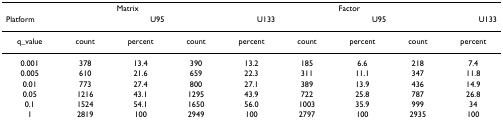
<table><thead><tr><td></td><td></td><td colspan="2"><b>Matrix</b></td><td></td><td></td><td colspan="2"><b>Factor</b></td><td></td></tr><tr><td><b>Platform</b></td><td colspan="2"><b>U95</b></td><td colspan="2"><b>U133</b></td><td colspan="2"><b>U95</b></td><td colspan="2"><b>U133</b></td></tr></thead><tbody><tr><td>q_value</td><td>count</td><td>percent</td><td>count</td><td>percent</td><td>count</td><td>percent</td><td>count</td><td>percent</td></tr><tr><td>0.001</td><td>378</td><td>13.4</td><td>390</td><td>13.2</td><td>185</td><td>6.6</td><td>218</td><td>7.4</td></tr><tr><td>0.005</td><td>610</td><td>21.6</td><td>659</td><td>22.3</td><td>311</td><td>11.1</td><td>347</td><td>11.8</td></tr><tr><td>0.01</td><td>773</td><td>27.4</td><td>800</td><td>27.1</td><td>389</td><td>13.9</td><td>436</td><td>14.9</td></tr><tr><td>0.05</td><td>1216</td><td>43.1</td><td>1295</td><td>43.9</td><td>722</td><td>25.8</td><td>787</td><td>26.8</td></tr><tr><td>0.1</td><td>1524</td><td>54.1</td><td>1650</td><td>56.0</td><td>1003</td><td>35.9</td><td>999</td><td>34</td></tr><tr><td>1</td><td>2819</td><td>100</td><td>2949</td><td>100</td><td>2797</td><td>100</td><td>2935</td><td>100</td></tr></tbody></table>